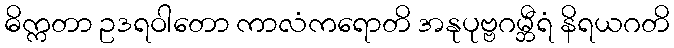
ဓိက္ကတာ ဥဒရဝါတော ကာလံကရောတိ အနုပုဗ္ဗဂမ္ဘီရံ နိရယဂတိ